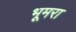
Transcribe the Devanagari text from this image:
भूमरा